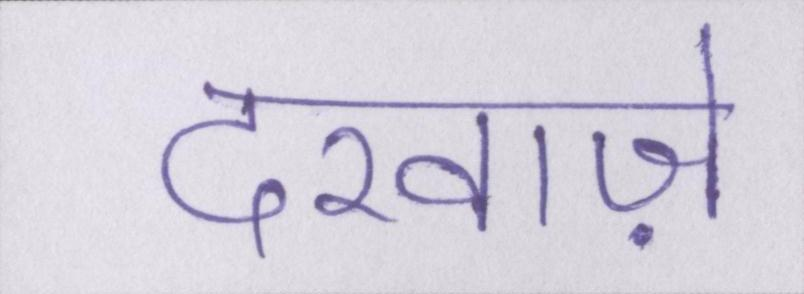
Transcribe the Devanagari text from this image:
दरवाज़े